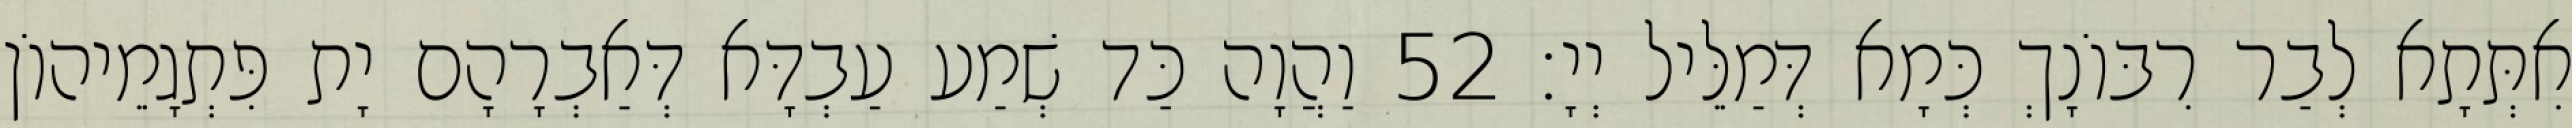
אִתְּתָא לְבַר רִבּוֹנָךְ כְּמָא דְּמַלֵּיל יְיָ׃ 52 וַהֲוָה כַּד שְׁמַע עַבְדָּא דְּאַבְרָהָם יָת פִּתְגָמֵיהוֹן